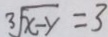
\sqrt [ 3 ] { x - y } = 3